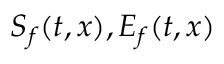
S _ { f } ( t , x ) , E _ { f } ( t , x )